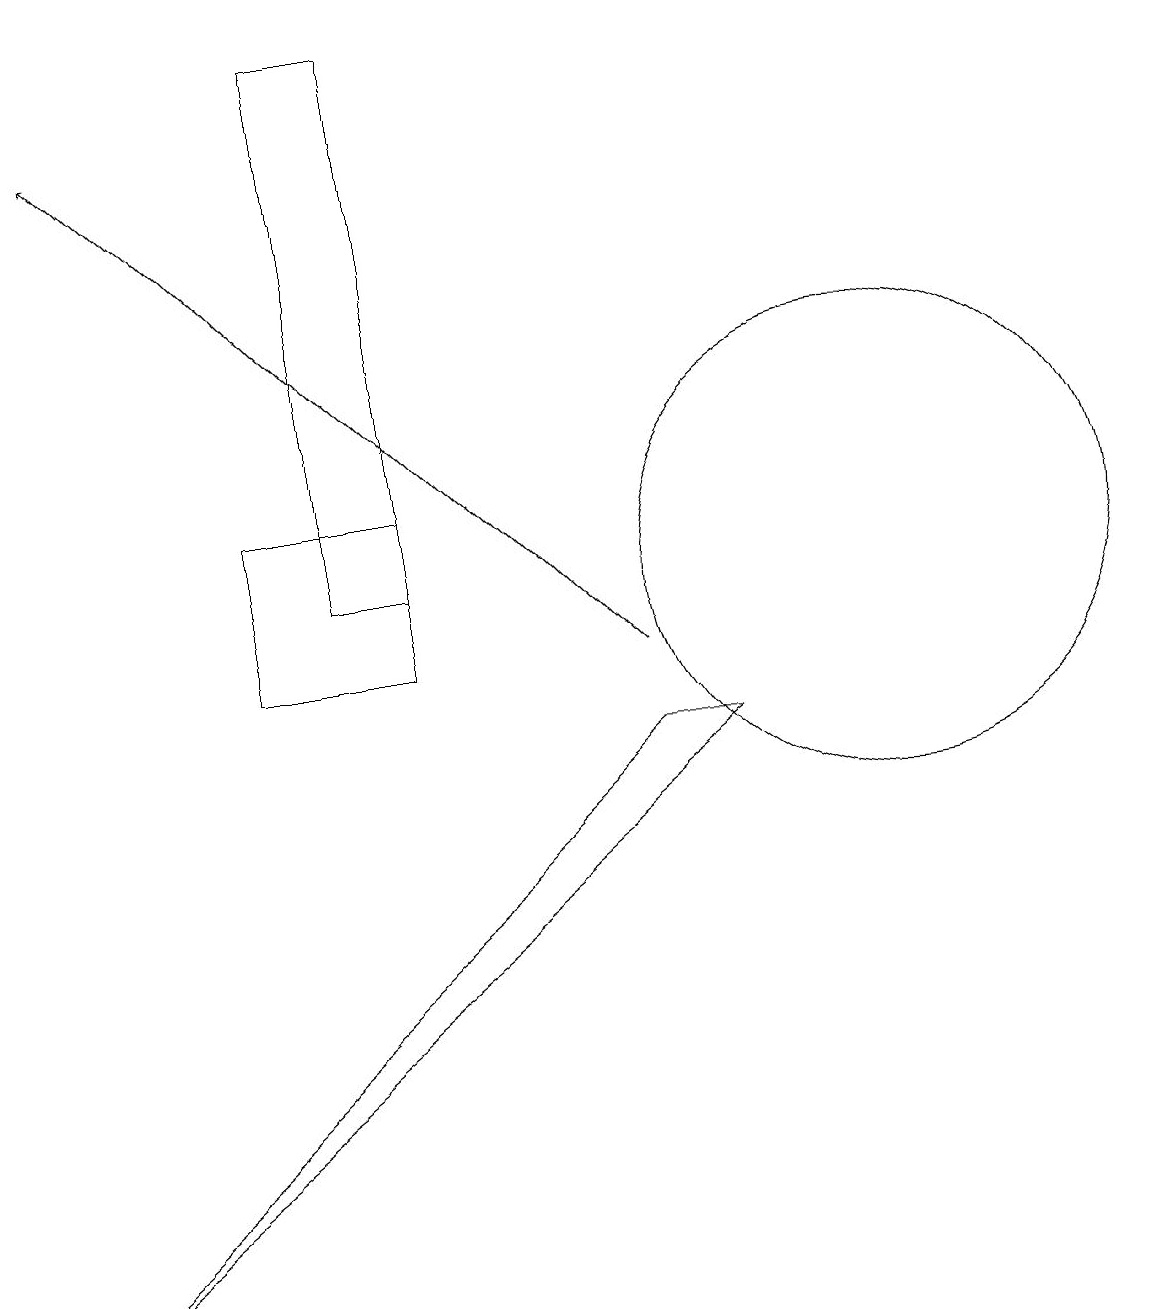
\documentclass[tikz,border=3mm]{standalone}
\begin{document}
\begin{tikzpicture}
\draw (11,11) circle (3);
\draw (5,18) rectangle (4,11);
\draw (3,10) rectangle (5,12);
\draw[->] (8,10) -- (1,17);
\draw (0,2) -- (8,9) -- (9,9) -- cycle;
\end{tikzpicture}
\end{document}